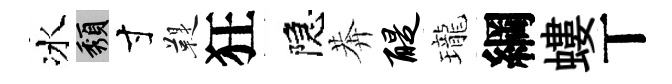
冰頽寸鞮狂隠莾醍瓏綱螻丅